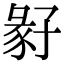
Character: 𡦁